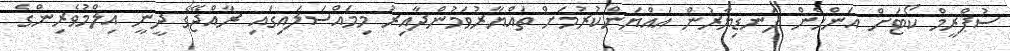
ސުޕްރީމް ކޯޓަށް އަންހެން ފަނޑިޔާރުން އައްޔަންކުރުމަށް ތައްޔާރުވަމުންދާއިރު މިމައްސަލައިގައި ރާއްޖޭގެ ދީނީ އިލްމުވެރިންގެ